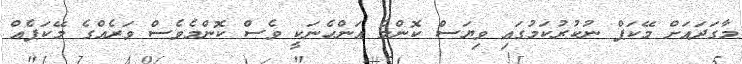
މާގަދައަށް މޭކަޕް ނުކުރުކަމުގައި ވިޔަސް ކޮންމެ އަންހެނަކީ ވެސް ކޮންމެވެސް ވަރެއްގެ މޭކަޕެއް